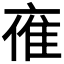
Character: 𪜤